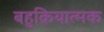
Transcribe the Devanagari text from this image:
बहुक्रियात्मक